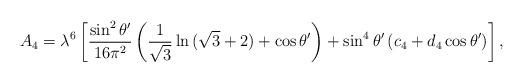
LaTeX: \begin{align*}A_4=\lambda^6\left[{\sin^2\theta^\prime\over 16\pi^2}\left({1\over\sqrt{3}}\ln{(\sqrt{3}+2)}+\cos\theta^\prime\right)+\sin^4\theta^\prime\left(c_4+d_4\cos\theta^\prime\right)\right],\end{align*}